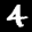
Label: 4